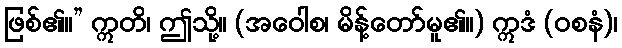
ဖြစ်၏။” ဣတိ၊ ဤသို့။ (အဝေါစ၊ မိန့်တော်မူ၏။) ဣဒံ (ဝစနံ)၊